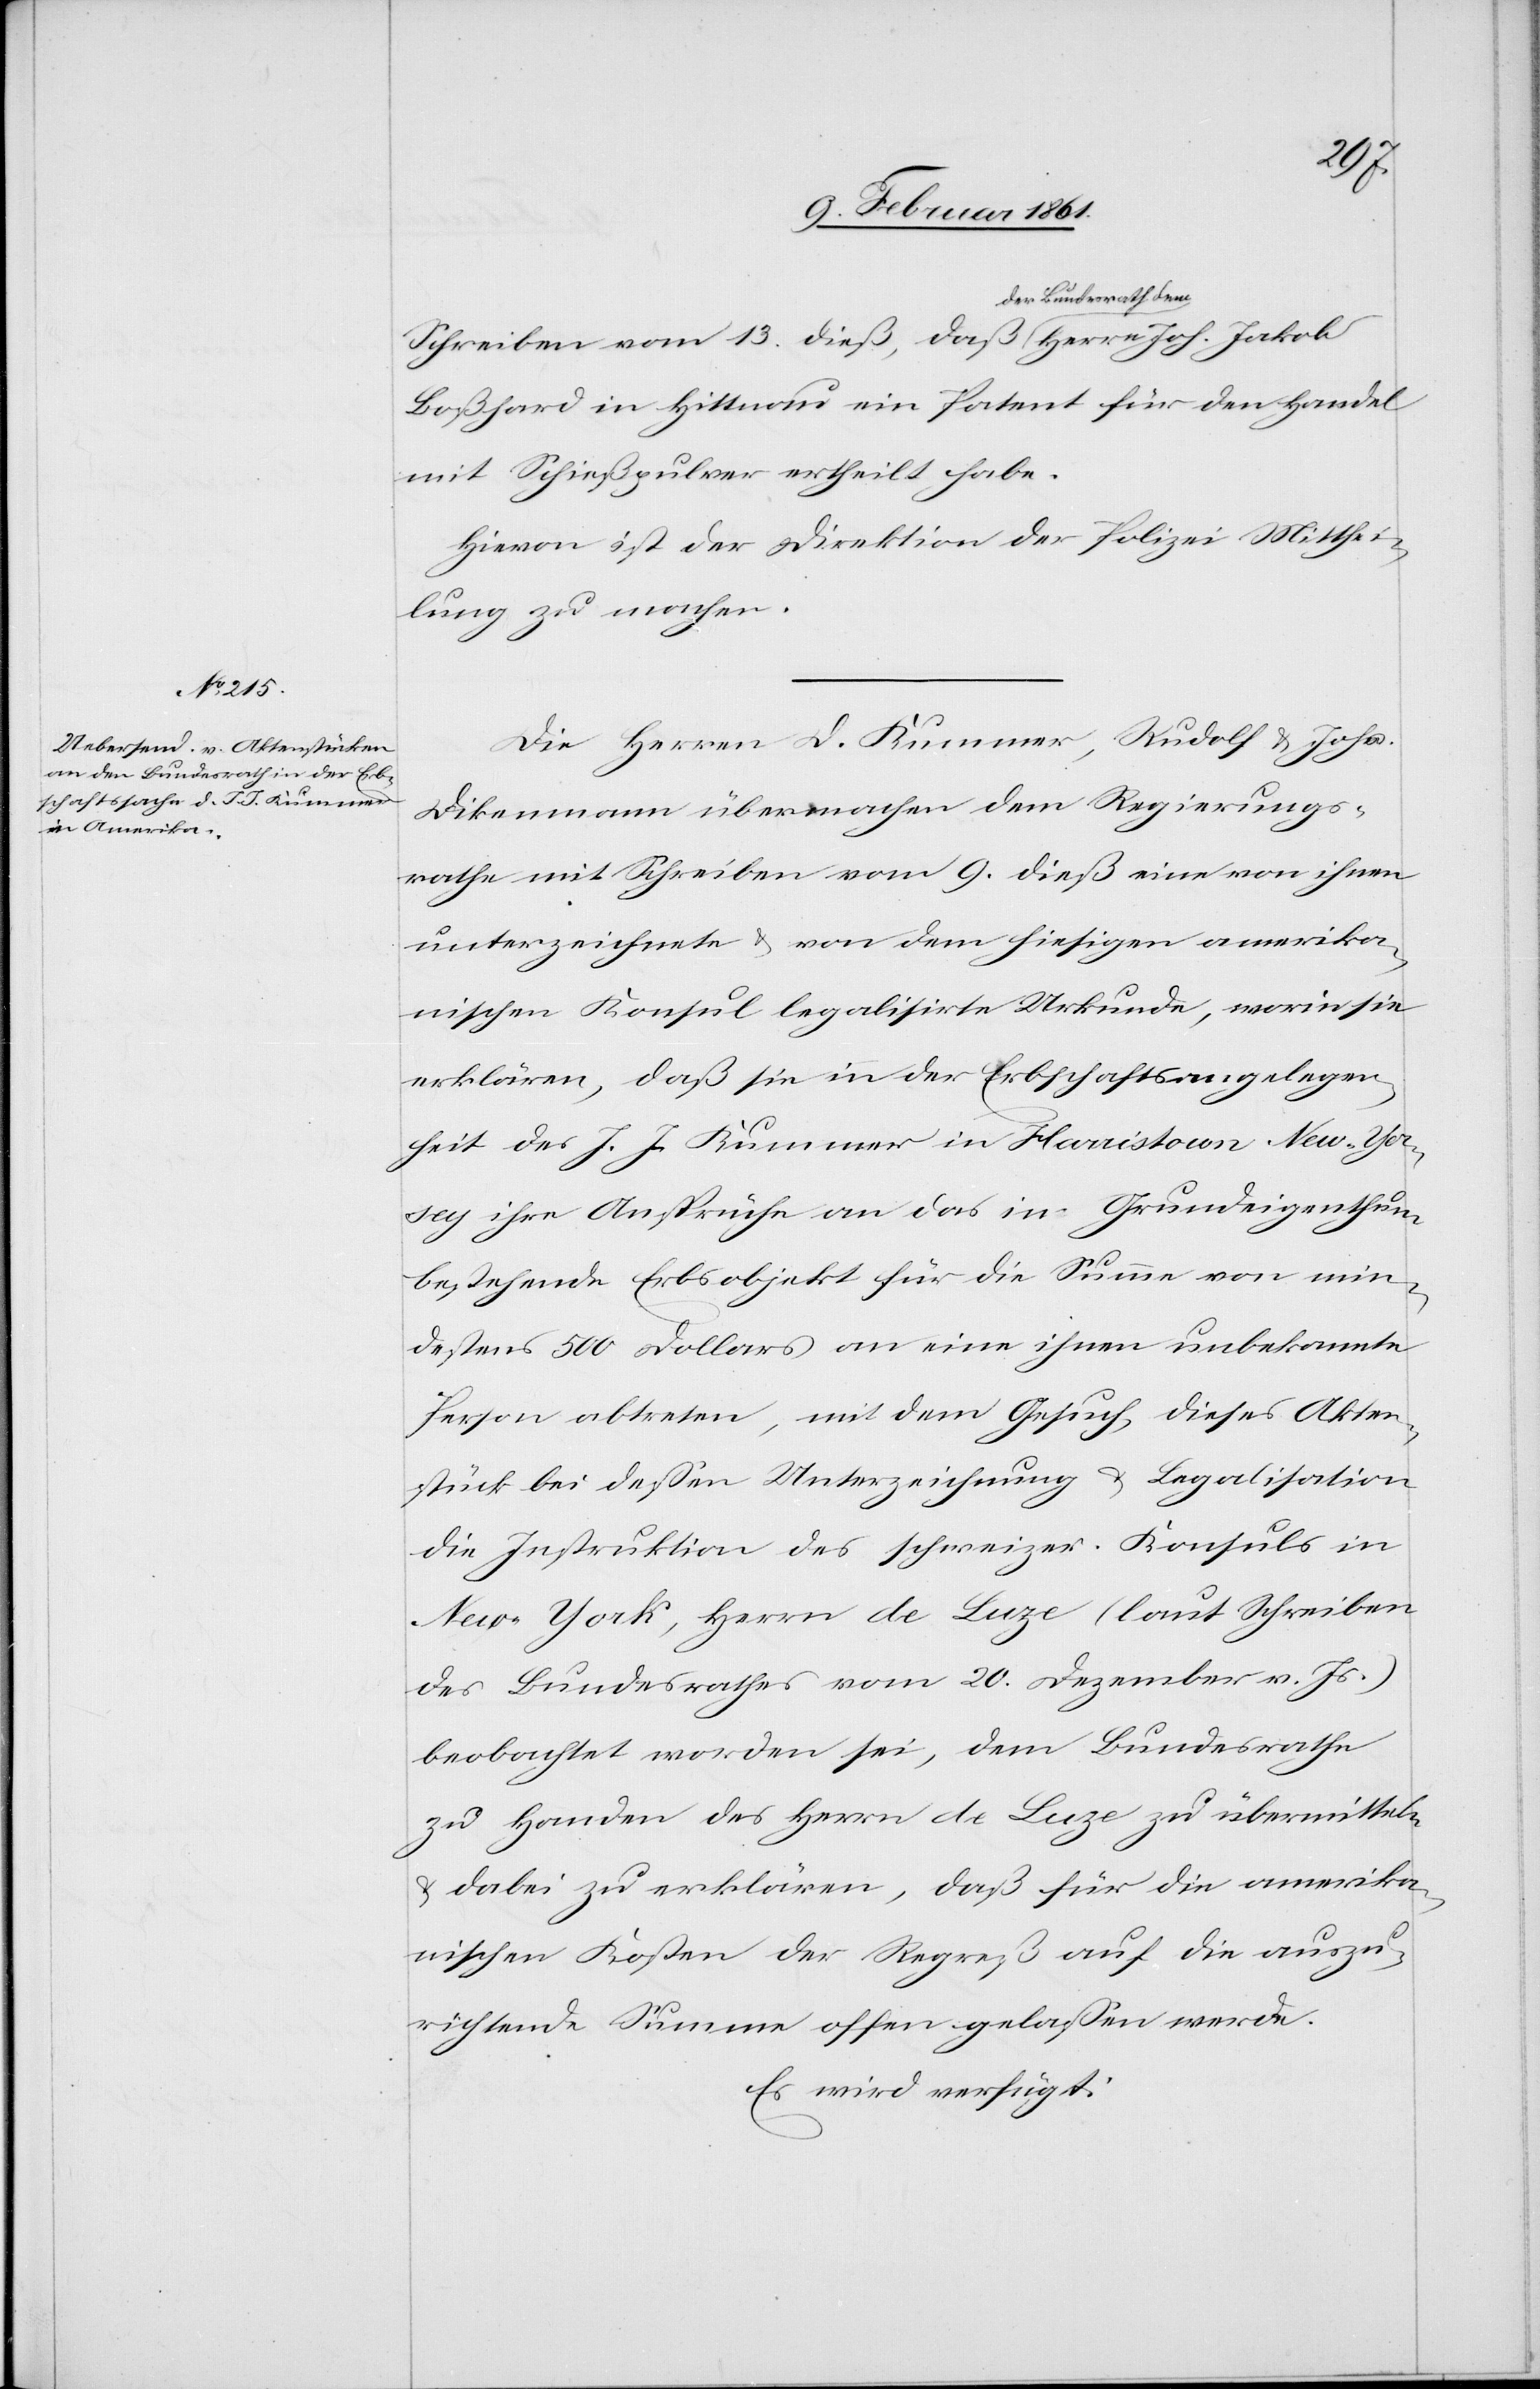
15. Februar 1861]
Schreiben vom 13. dieß, daß der Bundesrath
Boßhard in Hittnau ein Patent für den Handel
mit Schießpulver ertheilt habe.
Hievon ist der Direktion der Polizei Mitthei¬
lung zu machen.
Die Herren D. Kummer, Rudolf u. Johs.
Dikenmann übermachen dem Regierungs¬
rathe mit Schreiben vom 9. dieß eine von ihnen
unterzeichnet u. von dem hiesigen amerika¬
nischen Konsul legalisirte Urkunde, worin sie
erklären, daß sie in der Erbschaftsangelegen¬
heit des J. J. Kummer in Harristown New-Yer¬
sey ihre Ansprüche an das in Grundeigenthum
bestehende Erbsobjekt für die Summe von min¬
destens 500 Dollars an eine ihnen unbekannte
Person abtreten, mit dem Gesuch, dieses Akten¬
stück bei dessen Unterzeichnung u. Legalisation
der Instruktion des schweizer. Konsuls in
New-York, Herrn de Luze (laut Schreiben
des Bundesrathes vom 20. Dezember v. Js.)
beobachtet worden sei, dem Bundesrathe
zu Handen des Herrn de Luze zu übermitteln
u. dabei zu erklären, daß für die amerika¬
nischen Kosten der Regreß auf die auszu¬
richtende Summe offen gelassen werde.
Es wird verfügt: